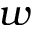
w